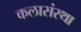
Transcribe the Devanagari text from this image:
कलासंस्था